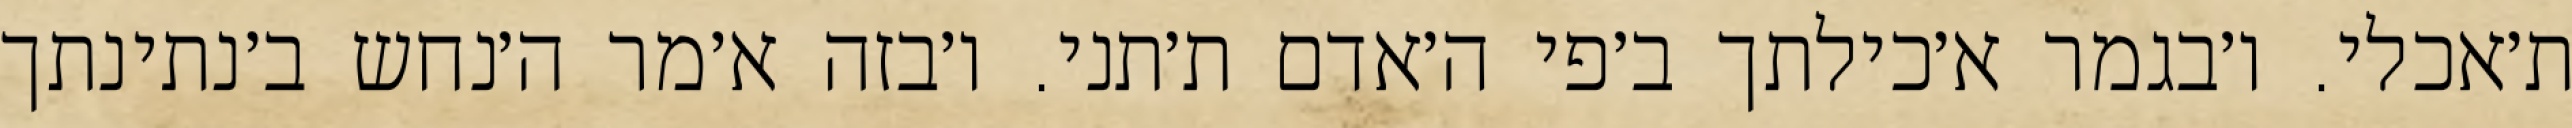
ת׳אכלי. ו׳בגמר א׳כילתך ב׳פי ה׳אדם ת׳תני. ו׳בזה א׳מר ה׳נחש ב׳נתינתך